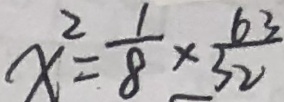
x ^ { 2 } = \frac { 1 } { 8 } \times \frac { 6 3 } { 3 2 }